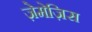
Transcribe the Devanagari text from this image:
ज़ेमेज़िस